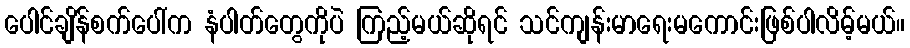
ပေါင်ချိန်စက်ပေါ်က နံပါတ်တွေကိုပဲ ကြည့်မယ်ဆိုရင် သင်ကျန်းမာရေးမကောင်းဖြစ်ပါလိမ့်မယ်။